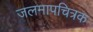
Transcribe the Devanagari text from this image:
जलमापचित्रक